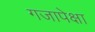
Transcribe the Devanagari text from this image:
गजापेक्षा